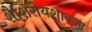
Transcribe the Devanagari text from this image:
शैशिरीयशाकल